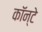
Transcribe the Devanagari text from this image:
कॉन्टे